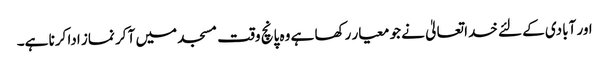
اور آبادی کے لئے خدا تعالیٰ نے جو معیار رکھا ہے وہ پانچ وقت مسجد میں آ کر نماز ادا کرنا ہے۔